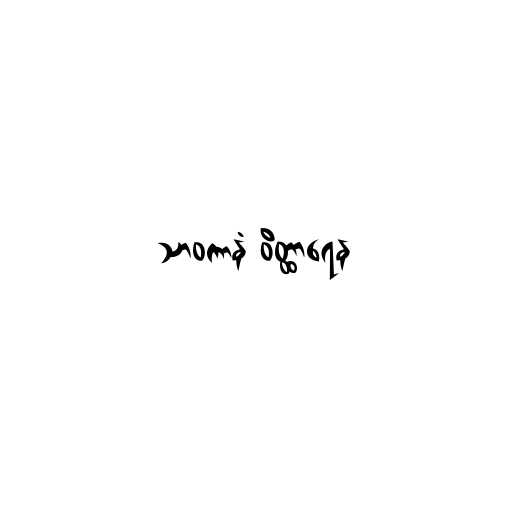
သာဝကာနံ ဝိတ္ထာရေန